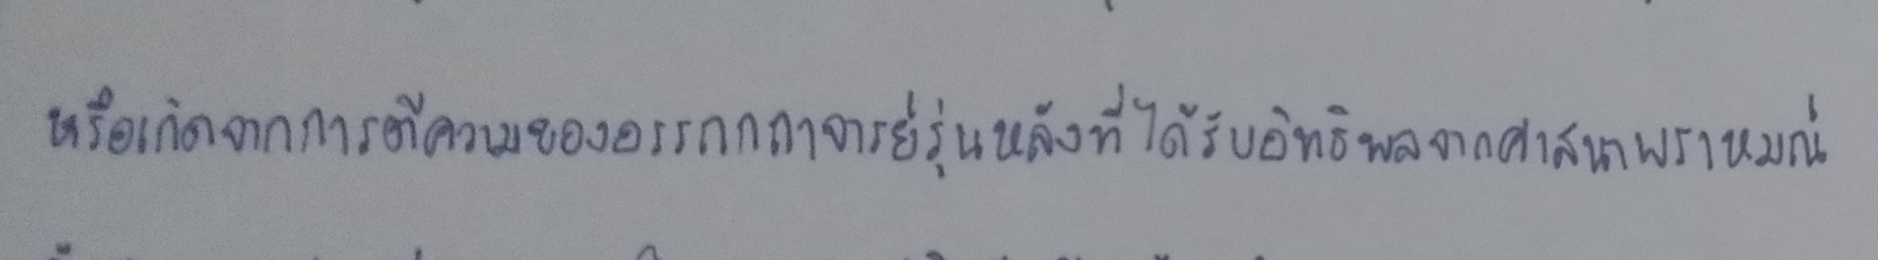
หรือเกิดจากการตีความของอรรถกถาจารย์รุ่นหลังที่ได้รับอิทธิพลจากศาสนาพราหมณ์